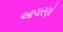
આચરણો